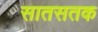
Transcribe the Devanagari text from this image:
सातसतक